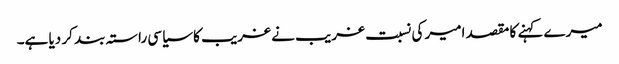
میرے کہنے کا مقصد امیر کی نسبت غریب نے غریب کا سیاسی راستہ بند کر دیا ہے۔